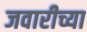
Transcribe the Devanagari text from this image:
जवारीच्या